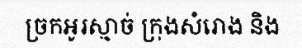
ច្រកអូរស្មាច់ ក្រុងសំរោង និង